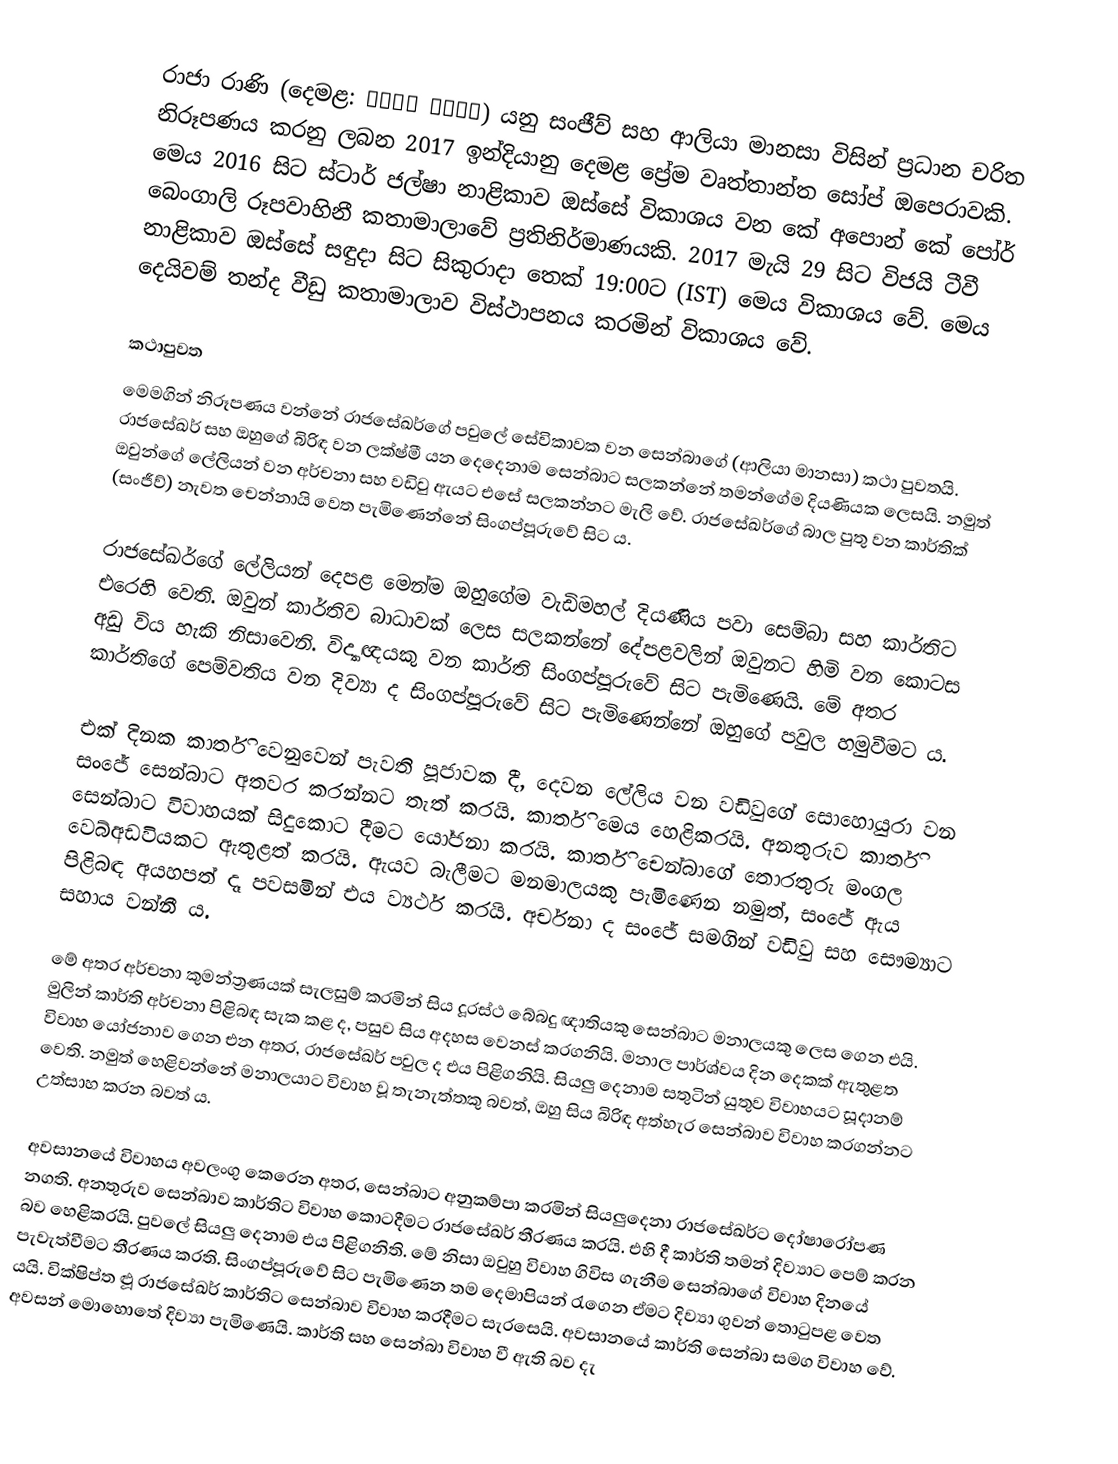
රාජා රාණි (දෙමළ: ராஜா ராணி) යනු සංජීව් සහ ආලියා මානසා විසින් ප්‍රධාන චරිත නිරූපණය කරනු ලබන 2017 ඉන්දියානු දෙමළ ප්‍රේම වෘත්තාන්ත සෝප් ඔපෙරාවකි. මෙය 2016 සිට ස්ටාර් ජල්ෂා නාළිකාව ඔස්සේ විකාශය වන කේ අපොන් කේ පෝර් බෙංගාලි රූපවාහිනී කතාමාලාවේ ප්‍රතිනිර්මාණයකි. 2017 මැයි 29 සිට විජයි ටීවී නාළිකාව ඔස්සේ සඳුදා සිට සිකුරාදා තෙක් 19:00ට (IST) මෙය විකාශය වේ. මෙය දෙයිවම් තන්ද වීඩු කතාමාලාව විස්ථාපනය කරමින් විකාශය වේ.

කථාපුවත
මෙමගින් නිරූපණය වන්නේ රාජසේඛර්ගේ පවුලේ සේවිකාවක වන සෙන්බාගේ (ආලියා මානසා) කථා පුවතයි. රාජසේඛර් සහ ඔහුගේ බිරිඳ වන ලක්ෂ්මී යන දෙදෙනාම සෙන්බාට සලකන්නේ තමන්ගේම දියණියක ලෙසයි. නමුත් ඔවුන්ගේ ලේලියන් වන අර්චනා සහ වඩිවු ඇයට එසේ සලකන්නට මැලි වේ. රාජසේඛර්ගේ බාල පුතු වන කාර්තික් (සංජීව්) නැවත චෙන්නායි වෙත පැමිණෙන්නේ සිංගප්පූරුවේ සිට ය.

රාජසේඛර්ගේ ලේලියන් දෙපළ මෙන්ම ඔහුගේම වැඩිමහල් දියණිය පවා සෙම්බා සහ කාර්තිට එරෙහි වෙති. ඔවුන් කාර්තිව බාධාවක් ලෙස සලකන්නේ දේපළවලින් ඔවුනට හිමි වන කොටස අඩු විය හැකි නිසාවෙනි. විද්‍යාඥයකු වන කාර්ති සිංගප්පූරුවේ සිට පැමිණෙයි. මේ අතර කාර්තිගේ පෙම්වතිය වන දිව්‍යා ද සිංගප්පූරුවේ සිට පැමිණෙන්නේ ඔහුගේ පවුල හමුවීමට ය.

එක් දිනක කාර්ති වෙනුවෙන් පැවති පූජාවක දී, දෙවන ලේලිය වන වඩිවුගේ සොහොයුරා වන සංජේ සෙන්බාට අතවර කරන්නට තැත් කරයි. කාර්ති මෙය හෙළිකරයි. අනතුරුව කාර්ති සෙන්බාට විවාහයක් සිදුකොට දීමට යෝජනා කරයි. කාර්ති චෙන්බාගේ තොරතුරු මංගල වෙබ්අඩවියකට ඇතුළත් කරයි. ඇයව බැලීමට මනමාලයකු පැමිණෙන නමුත්, සංජේ ඇය පිළිබඳ අයහපත් දෑ පවසමින් එය ව්‍යර්ථ කරයි. අර්චනා ද සංජේ සමගින් වඩිවු සහ සෞම්‍යාට සහාය වන්නී ය.

මේ අතර අර්චනා කුමන්ත්‍රණයක් සැලසුම් කරමින් සිය දූරස්ථ බේබදු ඥාතියකු සෙන්බාට මනාලයකු ලෙස ගෙන එයි. මුලින් කාර්ති අර්චනා පිළිබඳ සැක කළ ද, පසුව සිය අදහස වෙනස් කරගනියි. මනාල පාර්ශ්වය දින දෙකක් ඇතුළත විවාහ යෝජනාව ගෙන එන අතර, රාජසේඛර් පවුල ද එය පිළිගනියි. සියලු දෙනාම සතුටින් යුතුව විවාහයට සූදානම් වෙති. නමුත් හෙළිවන්නේ මනාලයාට විවාහ වූ තැනැත්තකු බවත්, ඔහු සිය බිරිඳ අත්හැර සෙන්බාව විවාහ කරගන්නට උත්සාහ කරන බවත් ය.

අවසානයේ විවාහය අවලංගු කෙරෙන අතර, සෙන්බාට අනුකම්පා කරමින් සියලුදෙනා රාජසේඛර්ට දෝෂාරෝපණ නගති. අනතුරුව සෙන්බාව කාර්තිට විවාහ කොටදීමට රාජසේඛර් තීරණය කරයි. එහි දී කාර්ති තමන් දිව්‍යාට පෙම් කරන බව හෙළිකරයි. පුවලේ සියලු දෙනාම එය පිළිගනිති. මේ නිසා ඔවුහු විවාහ ගිවිස ගැනීම සෙන්බාගේ විවාහ දිනයේ පැවැත්වීමට තීරණය කරති. සිංගප්පූරු‍වේ සිට පැමිණෙන තම දෙමාපියන් රැගෙන ඒමට දිව්‍යා ගුවන් තොටුපළ වෙත යයි. වික්ෂිප්ත ළුූ රාජසේඛර් කාර්තිට සෙන්බාව විවාහ කරදීමට සැරසෙයි. අවසානයේ කාර්ති සෙන්බා සමග විවාහ වේ. අවසන් මොහොතේ දිව්‍යා පැමිණෙයි. කාර්ති සහ සෙන්බා විවාහ වී ඇති බව දැ